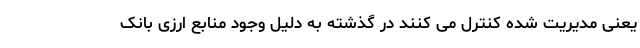
یعنی مدیریت شده کنترل می کنند در گذشته به دلیل وجود منابع ارزی بانک